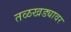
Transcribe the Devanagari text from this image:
तळखड्यावर